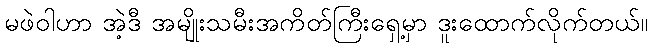
မဖဲဝါဟာ အဲ့ဒီ အမျိုးသမီးအကိတ်ကြီးရှေ့မှာ ဒူးထောက်လိုက်တယ်။